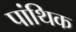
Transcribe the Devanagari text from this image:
पांथिक